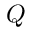
Q